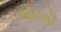
બૉટલો